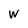
Character: W